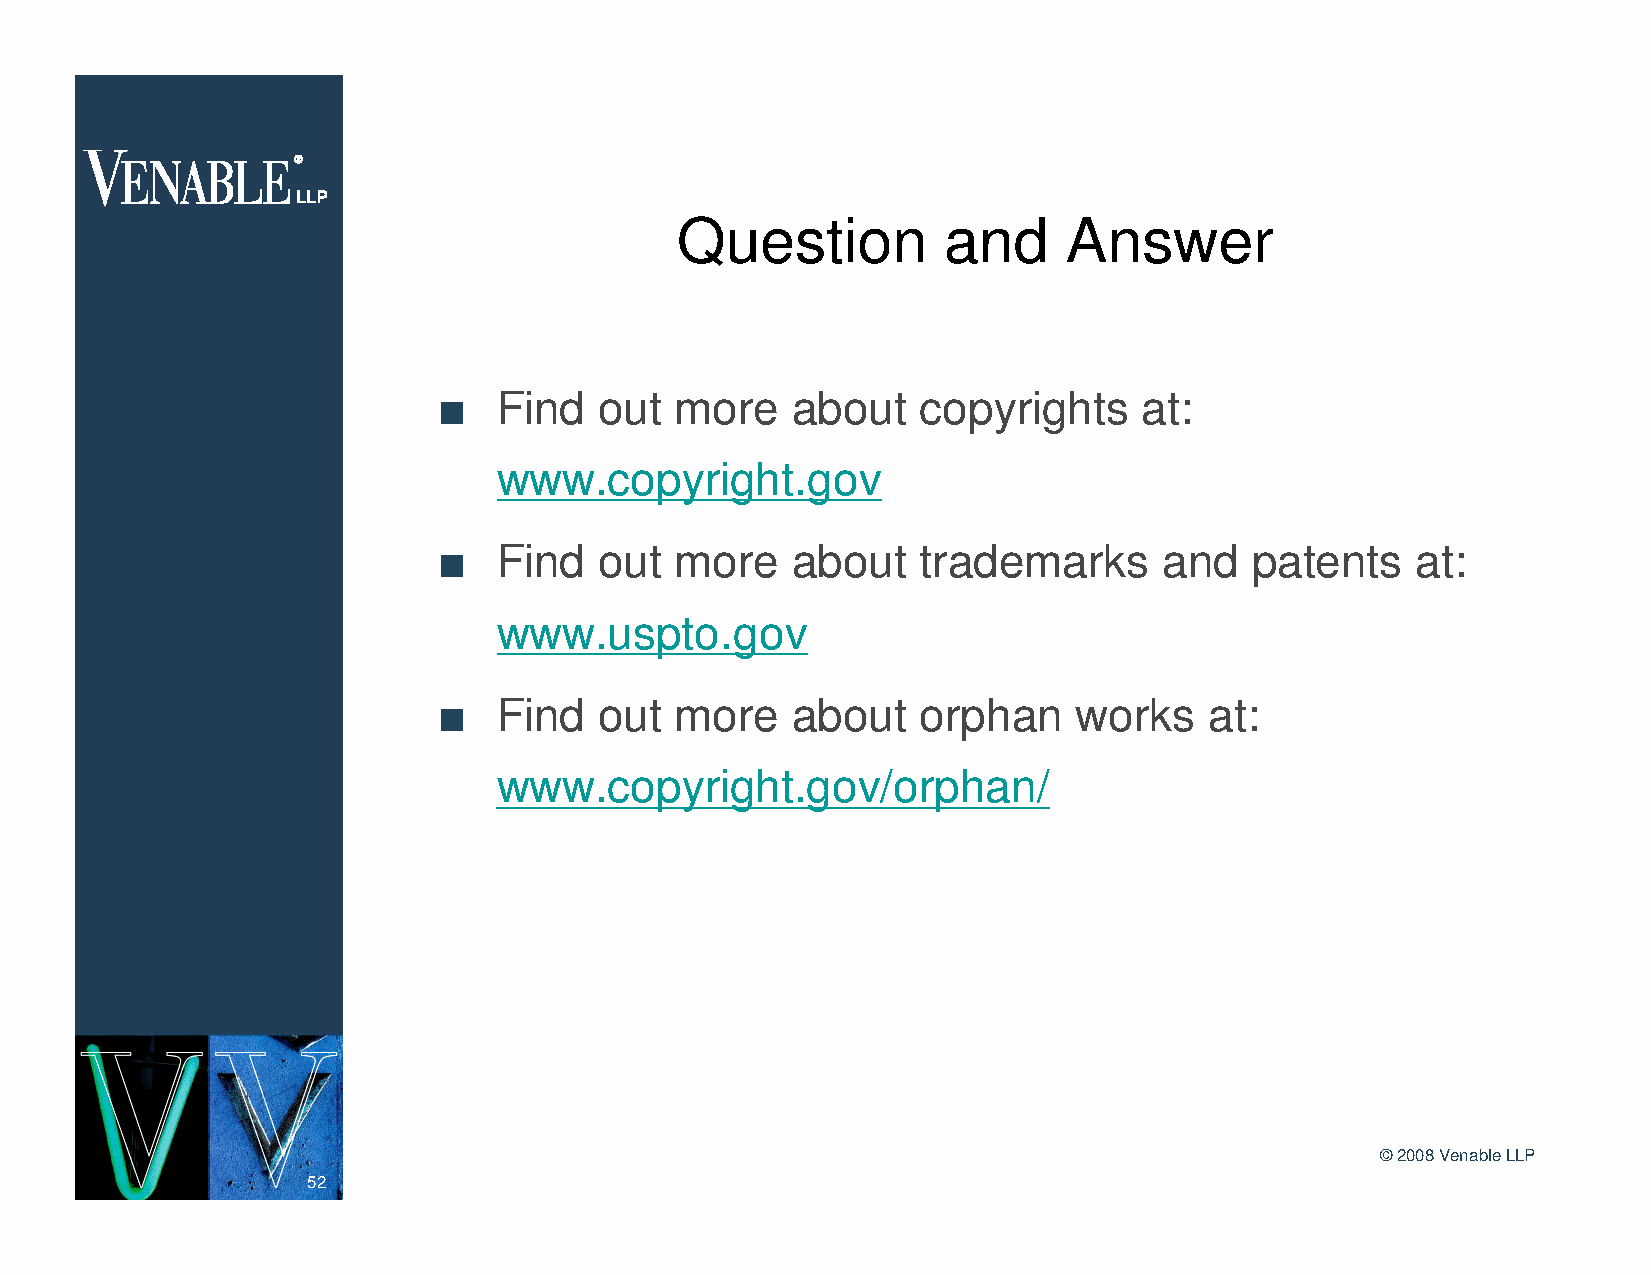
Question         and      Answer
 n   Find   out  more   about    copyrights     at:
 www.copyright.gov
 n   Find   out  more   about    trademarks      and   patents    at:
 www.uspto.gov
 n   Find   out  more   about    orphan    works    at:
 www.copyright.gov/orphan/
 ©2008 Venable LLP
 52